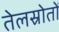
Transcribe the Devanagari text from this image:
तेलस्रोतों